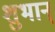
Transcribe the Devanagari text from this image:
शुभान्